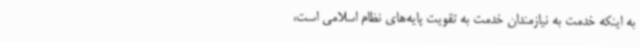
به اینکه خدمت به نیازمندان خدمت به تقویت پایه‌های نظام اسلامی است،